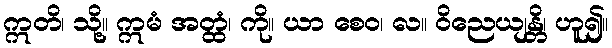
ဣတိ၊ သို့။ ဣမံ အတ္ထံ၊ ကို။ ယာ စေဝ၊ လ။ ဝိညေယျန္တိ၊ ဟူ၍။